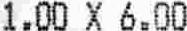
1.00 X 6.00